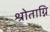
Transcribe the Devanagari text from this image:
श्रोताग्नि